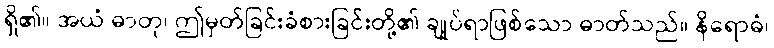
ရှိ၏။ အယံ ဓာတု၊ ဤမှတ်ခြင်းခံစားခြင်းတို့၏ ချုပ်ရာဖြစ်သော ဓာတ်သည်။ နိရောဓံ၊